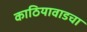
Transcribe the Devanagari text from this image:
काठियावाडचा